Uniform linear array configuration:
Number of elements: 12
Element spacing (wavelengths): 1
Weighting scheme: exponential
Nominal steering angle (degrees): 30
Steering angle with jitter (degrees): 29.08
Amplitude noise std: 0.05
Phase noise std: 0.05

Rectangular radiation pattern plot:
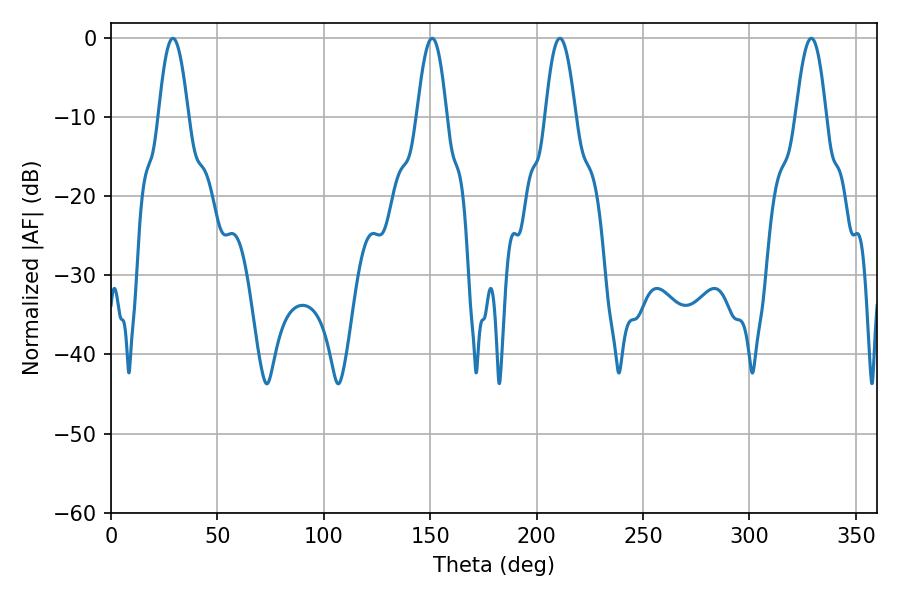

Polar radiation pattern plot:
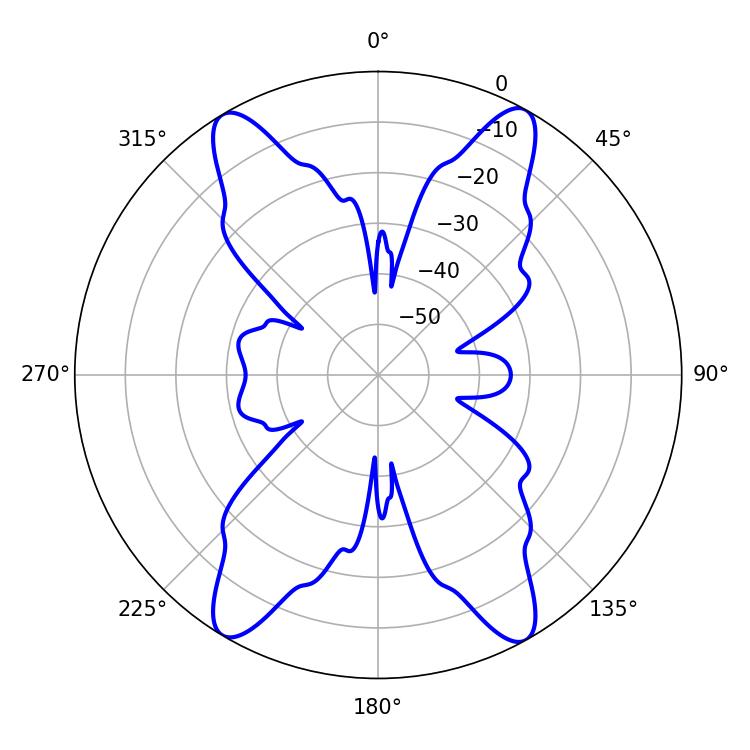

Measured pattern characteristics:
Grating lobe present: TRUE
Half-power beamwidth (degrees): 7.74
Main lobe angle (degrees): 329.04